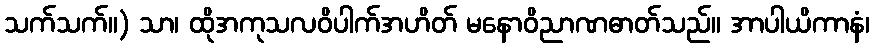
သက်သက်။) သာ၊ ထိုအကုသလဝိပါက်အဟိတ် မနောဝိညာဏဓာတ်သည်။ အာပါယိကာနံ၊